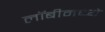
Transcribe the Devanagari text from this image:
लॉबीमध्ये